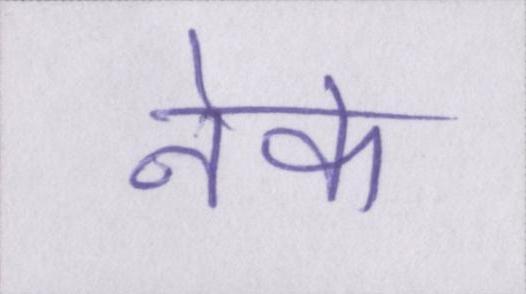
नेक